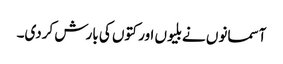
آسمانوں نے بلیوں اور کتوں کی بارش کردی۔